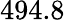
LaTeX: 494.8